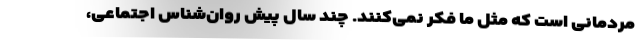
مردمانی است که مثل ما فکر نمی‌کنند. چند سال پیش روان‌شناس اجتماعی،